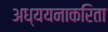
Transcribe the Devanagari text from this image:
अध्ययनाकरिता